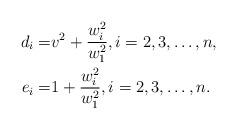
LaTeX: \begin{align*}d_i=&v^2+\frac{w_i^2}{w_1^2}, i=2,3,\ldots,n,\\e_i=&1+\frac{w_i^2}{w_1^2},i=2,3,\ldots,n.\end{align*}